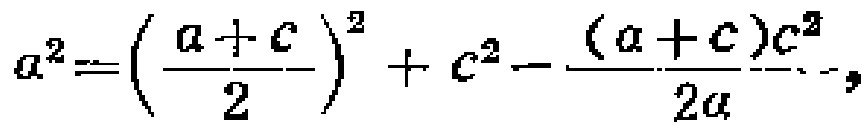
\(a^{2}=\left(\frac{a + c}{2}\right)^{2}+c^{2}-\frac{(a + c)c^{2}}{2a}\)